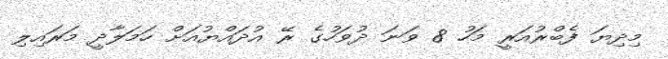
މިދިޔަ ފެބްރުއަރީ މަހު 8 ވަނަ ދުވަހުގެ ރޭ އުދައްޔުއަށް ހަމަލާދީ މަރައިލި